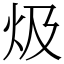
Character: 𤆣